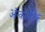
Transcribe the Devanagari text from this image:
ऑन्कोजेनिक